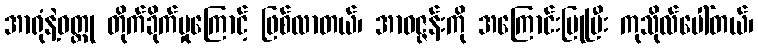
အာရုံနဲ့ဝတ္ထု တိုက်ခိုက်မှုကြောင့် ဖြစ်လာတယ်၊ အာဝဇ္ဇန်းကို အကြောင်းပြုပြီး ကုသိုလ်ပေါ်တယ်၊